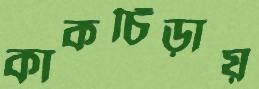
কাকচিঁড়ায়